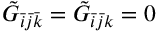
\tilde { G } _ { \bar { i } \bar { j } \bar { k } } = \tilde { G } _ { \bar { i } \bar { j } k } = 0